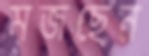
মজছেন